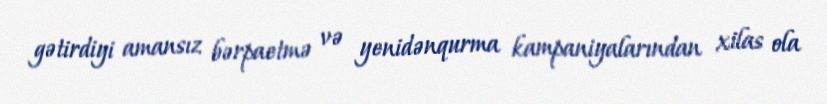
gətirdiyi amansız bərpaetmə və yenidənqurma kampaniyalarından xilas ola